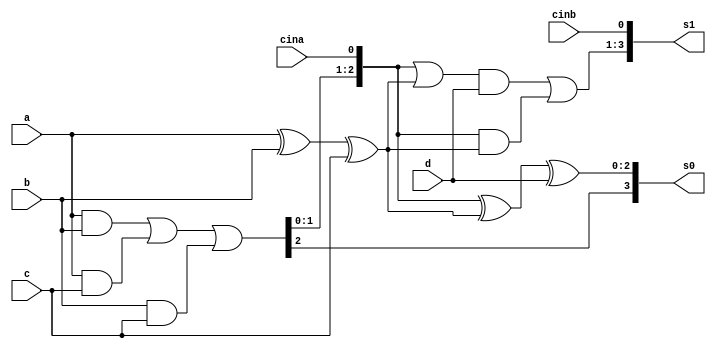
//==============================================================================================================================================================
// compressor_42
// s0[8:0] + s1[8:0] = a[7:0] + b[7:0] + c[7:0] + d[7:0] + cina + cinb
//==============================================================================================================================================================

module compressor_42 #( parameter SIZE = 3 )
(
 input             cina,
 input             cinb,
 input  [SIZE-1:0] a,
 input  [SIZE-1:0] b,
 input  [SIZE-1:0] c,
 input  [SIZE-1:0] d,
 output [SIZE:0]   s0,
 output [SIZE:0]   s1
);

wire [SIZE-1:0] xort;
wire [SIZE-2:0] carry;
wire            y0;
wire [SIZE-1:0] x0;
wire [SIZE-1:0] x1;

assign xort       = a ^ b ^ c;
assign {y0,carry} = (a & b) | (a & c) | (b & c);

assign x0         = ({carry,cina} ^ xort) ^ d;
assign x1         = (({carry,cina} | xort) & d) | ({carry,cina} & xort);

assign s0         = {y0,x0};
assign s1         = {x1,cinb};

endmodule